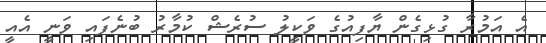
އެ އަމުރާ ގުޅިގެން ޔާފިއުގެ ވަކީލު ސުރެޝް ކުމާރު ބުނެފައި ވަނީ އެއީ